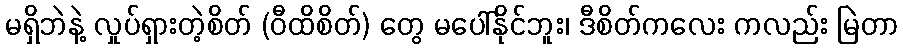
မရှိဘဲနဲ့ လှုပ်ရှားတဲ့စိတ် (ဝီထိစိတ်) တွေ မပေါ်နိုင်ဘူး၊ ဒီစိတ်ကလေး ကလည်း မြဲတာ